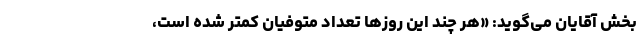
بخش آقایان می‌گوید: «هر چند این روزها تعداد متوفیان کمتر شده است،